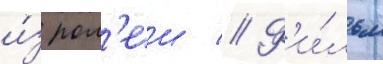
и́з рол'еи // Ф'и́льм